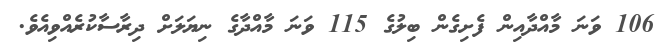
106 ވަނަ މާއްދާއިން ފެށިގެން ބިލުގެ 115 ވަނަ މާއްދާގެ ނިޔަލަށް ދިރާސާކުރެއްވިއެވެ.